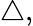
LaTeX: \triangle,